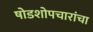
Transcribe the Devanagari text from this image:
षोडशोपचारांचा